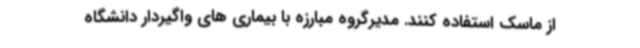
از ماسک استفاده کنند. مدیرگروه مبارزه با بیماری های واگیردار دانشگاه